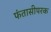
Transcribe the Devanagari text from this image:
फंतासीपरक